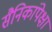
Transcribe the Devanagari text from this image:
सैनिकांपेक्षा